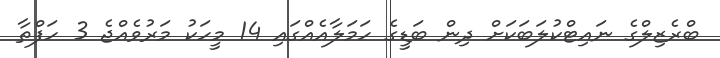
ބްރެޒިލްގެ ނައިޓްކުލަބަކަށް ދިން ބަޑީގެ ހަމަލާއެއްގައި 14 މީހަކު މަރުވެއްޖެ 3 ހަފްތާ